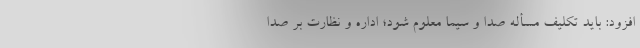
افزود: باید تکلیف مسأله صدا و سیما معلوم شود؛ اداره و نظارت بر صدا